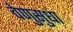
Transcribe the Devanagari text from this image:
वेणुसुधा